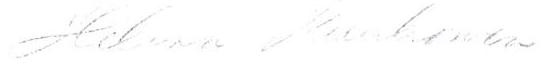
Helena Kaukonen